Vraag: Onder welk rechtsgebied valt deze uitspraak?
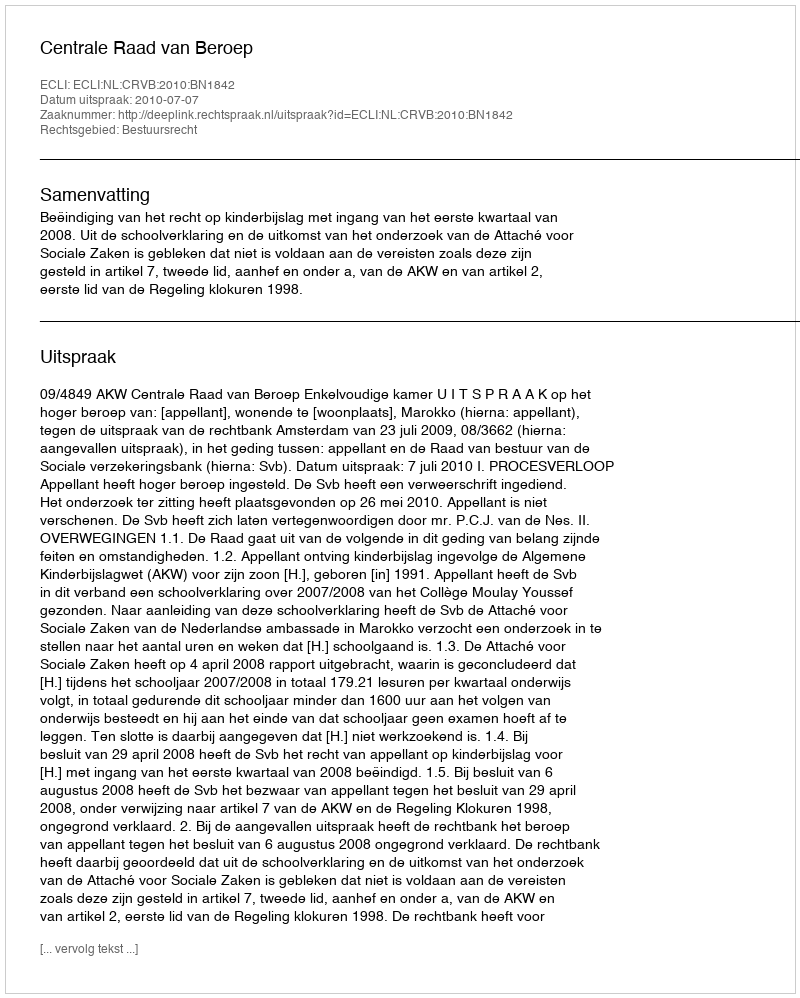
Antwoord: Bestuursrecht